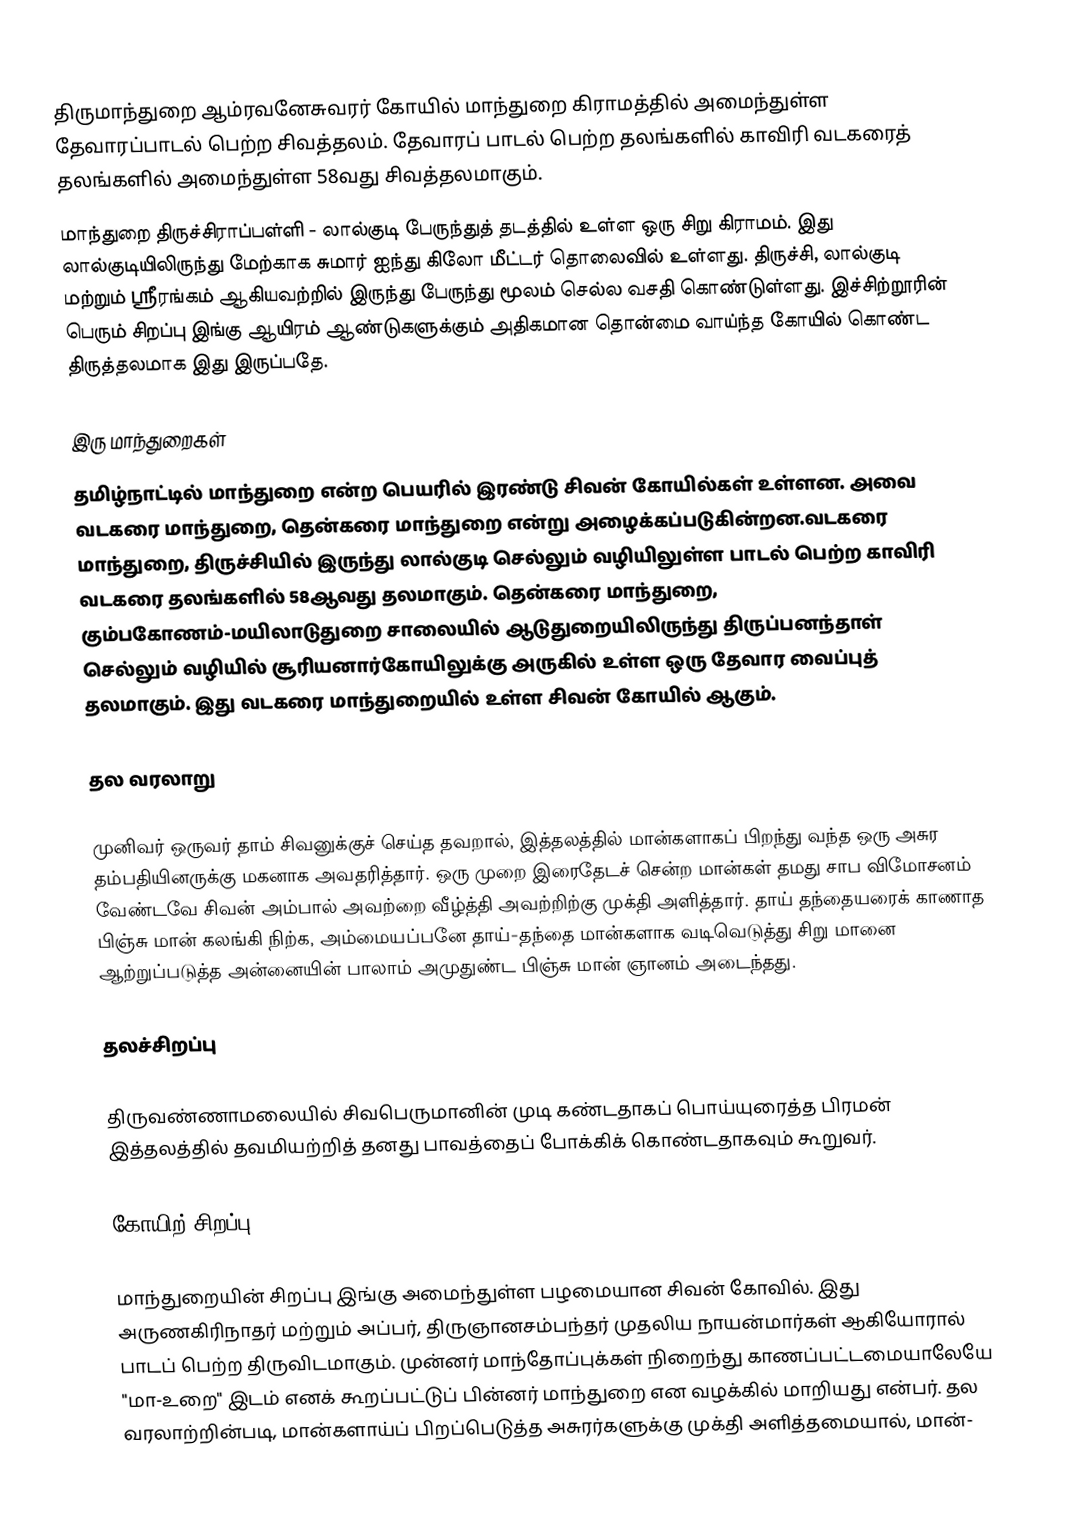
திருமாந்துறை ஆம்ரவனேசுவரர் கோயில் மாந்துறை கிராமத்தில் அமைந்துள்ள தேவாரப்பாடல் பெற்ற சிவத்தலம். தேவாரப் பாடல் பெற்ற தலங்களில் காவிரி வடகரைத் தலங்களில் அமைந்துள்ள 58வது சிவத்தலமாகும்.
மாந்துறை திருச்சிராப்பள்ளி - லால்குடி பேருந்துத் தடத்தில் உள்ள ஒரு சிறு கிராமம். இது லால்குடியிலிருந்து மேற்காக சுமார் ஐந்து கிலோ மீட்டர் தொலைவில் உள்ளது. திருச்சி, லால்குடி மற்றும் ஸ்ரீரங்கம் ஆகியவற்றில் இருந்து பேருந்து மூலம் செல்ல வசதி கொண்டுள்ளது. இச்சிற்றூரின் பெரும் சிறப்பு இங்கு ஆயிரம் ஆண்டுகளுக்கும் அதிகமான தொன்மை வாய்ந்த கோயில் கொண்ட திருத்தலமாக இது இருப்பதே.

இரு மாந்துறைகள்
தமிழ்நாட்டில் மாந்துறை என்ற பெயரில் இரண்டு சிவன் கோயில்கள் உள்ளன. அவை வடகரை மாந்துறை, தென்கரை மாந்துறை என்று அழைக்கப்படுகின்றன.வடகரை மாந்துறை, திருச்சியில் இருந்து லால்குடி செல்லும் வழியிலுள்ள  பாடல் பெற்ற காவிரி வடகரை தலங்களில் 58ஆவது தலமாகும். தென்கரை மாந்துறை, கும்பகோணம்-மயிலாடுதுறை சாலையில் ஆடுதுறையிலிருந்து  திருப்பனந்தாள் செல்லும் வழியில் சூரியனார்கோயிலுக்கு அருகில் உள்ள  ஒரு தேவார வைப்புத் தலமாகும்.  இது வடகரை மாந்துறையில் உள்ள சிவன் கோயில் ஆகும்.

தல வரலாறு

முனிவர் ஒருவர் தாம் சிவனுக்குச் செய்த தவறால், இத்தலத்தில் மான்களாகப் பிறந்து வந்த ஒரு அசுர தம்பதியினருக்கு மகனாக அவதரித்தார். ஒரு முறை இரைதேடச் சென்ற மான்கள் தமது சாப விமோசனம் வேண்டவே சிவன் அம்பால் அவற்றை வீழ்த்தி அவற்றிற்கு முக்தி அளித்தார். தாய் தந்தையரைக் காணாத பிஞ்சு மான் கலங்கி நிற்க, அம்மையப்பனே தாய்-தந்தை மான்களாக வடிவெடுத்து சிறு மானை ஆற்றுப்படுத்த அன்னையின் பாலாம் அமுதுண்ட பிஞ்சு மான் ஞானம் அடைந்தது.

தலச்சிறப்பு

திருவண்ணாமலையில் சிவபெருமானின் முடி கண்டதாகப் பொய்யுரைத்த பிரமன் இத்தலத்தில் தவமியற்றித் தனது பாவத்தைப் போக்கிக் கொண்டதாகவும் கூறுவர்.

கோயிற் சிறப்பு

மாந்துறையின் சிறப்பு இங்கு அமைந்துள்ள பழமையான சிவன் கோவில். இது அருணகிரிநாதர் மற்றும் அப்பர், திருஞானசம்பந்தர் முதலிய நாயன்மார்கள் ஆகியோரால் பாடப் பெற்ற திருவிடமாகும். முன்னர் மாந்தோப்புக்கள் நிறைந்து காணப்பட்டமையாலேயே "மா-உறை" இடம் எனக் கூறப்பட்டுப் பின்னர் மாந்துறை என வழக்கில் மாறியது என்பர். தல வரலாற்றின்படி, மான்களாய்ப் பிறப்பெடுத்த அசுரர்களுக்கு முக்தி அளித்தமையால், மான்-